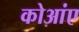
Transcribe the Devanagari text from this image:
कोआंए